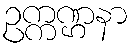
ဥက္ကဏ္ဌနာ